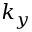
k _ { y }